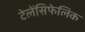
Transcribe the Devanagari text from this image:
टेलेंसिफेलिक